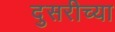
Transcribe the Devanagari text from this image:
दुसरीच्या